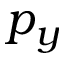
p _ { y }